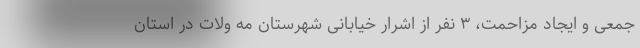
جمعی و ایجاد مزاحمت، ۳ نفر از اشرار خیابانی شهرستان مه ولات در استان